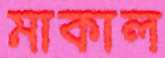
মাকাল